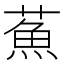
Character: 䔡